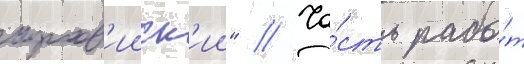
арав'ииск'ии" // Ча́сть рабо́т